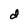
Character: d